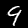
Label: 9